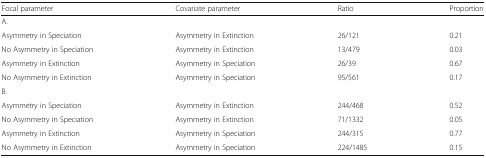
<table><thead><tr><td><b>Focal parameter</b></td><td><b>Covariate parameter</b></td><td><b>Ratio</b></td><td><b>Proportion</b></td></tr></thead><tbody><tr><td colspan="4">A.</td></tr><tr><td>Asymmetry in Speciation</td><td>Asymmetry in Extinction</td><td>26/121</td><td>0.21</td></tr><tr><td>No Asymmetry in Speciation</td><td>Asymmetry in Extinction</td><td>13/479</td><td>0.03</td></tr><tr><td>Asymmetry in Extinction</td><td>Asymmetry in Speciation</td><td>26/39</td><td>0.67</td></tr><tr><td>No Asymmetry in Extinction</td><td>Asymmetry in Speciation</td><td>95/561</td><td>0.17</td></tr><tr><td colspan="4">B.</td></tr><tr><td>Asymmetry in Speciation</td><td>Asymmetry in Extinction</td><td>244/468</td><td>0.52</td></tr><tr><td>No Asymmetry in Speciation</td><td>Asymmetry in Extinction</td><td>71/1332</td><td>0.05</td></tr><tr><td>Asymmetry in Extinction</td><td>Asymmetry in Speciation</td><td>244/315</td><td>0.77</td></tr><tr><td>No Asymmetry in Extinction</td><td>Asymmetry in Speciation</td><td>224/1485</td><td>0.15</td></tr></tbody></table>